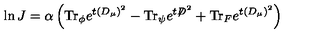
\ln J = \alpha \left( \mathrm { T r } _ { \phi } e ^ { t ( D _ { \mu } ) ^ { 2 } } - \mathrm { T r } _ { \psi } e ^ { t { \not D } ^ { 2 } } + \mathrm { T r } _ { F } e ^ { t ( D _ { \mu } ) ^ { 2 } } \right)